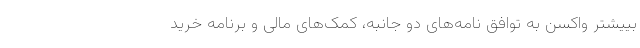
بییشتر واکسن به توافق نامه‌های دو جانبه، کمک‌های مالی و برنامه خرید